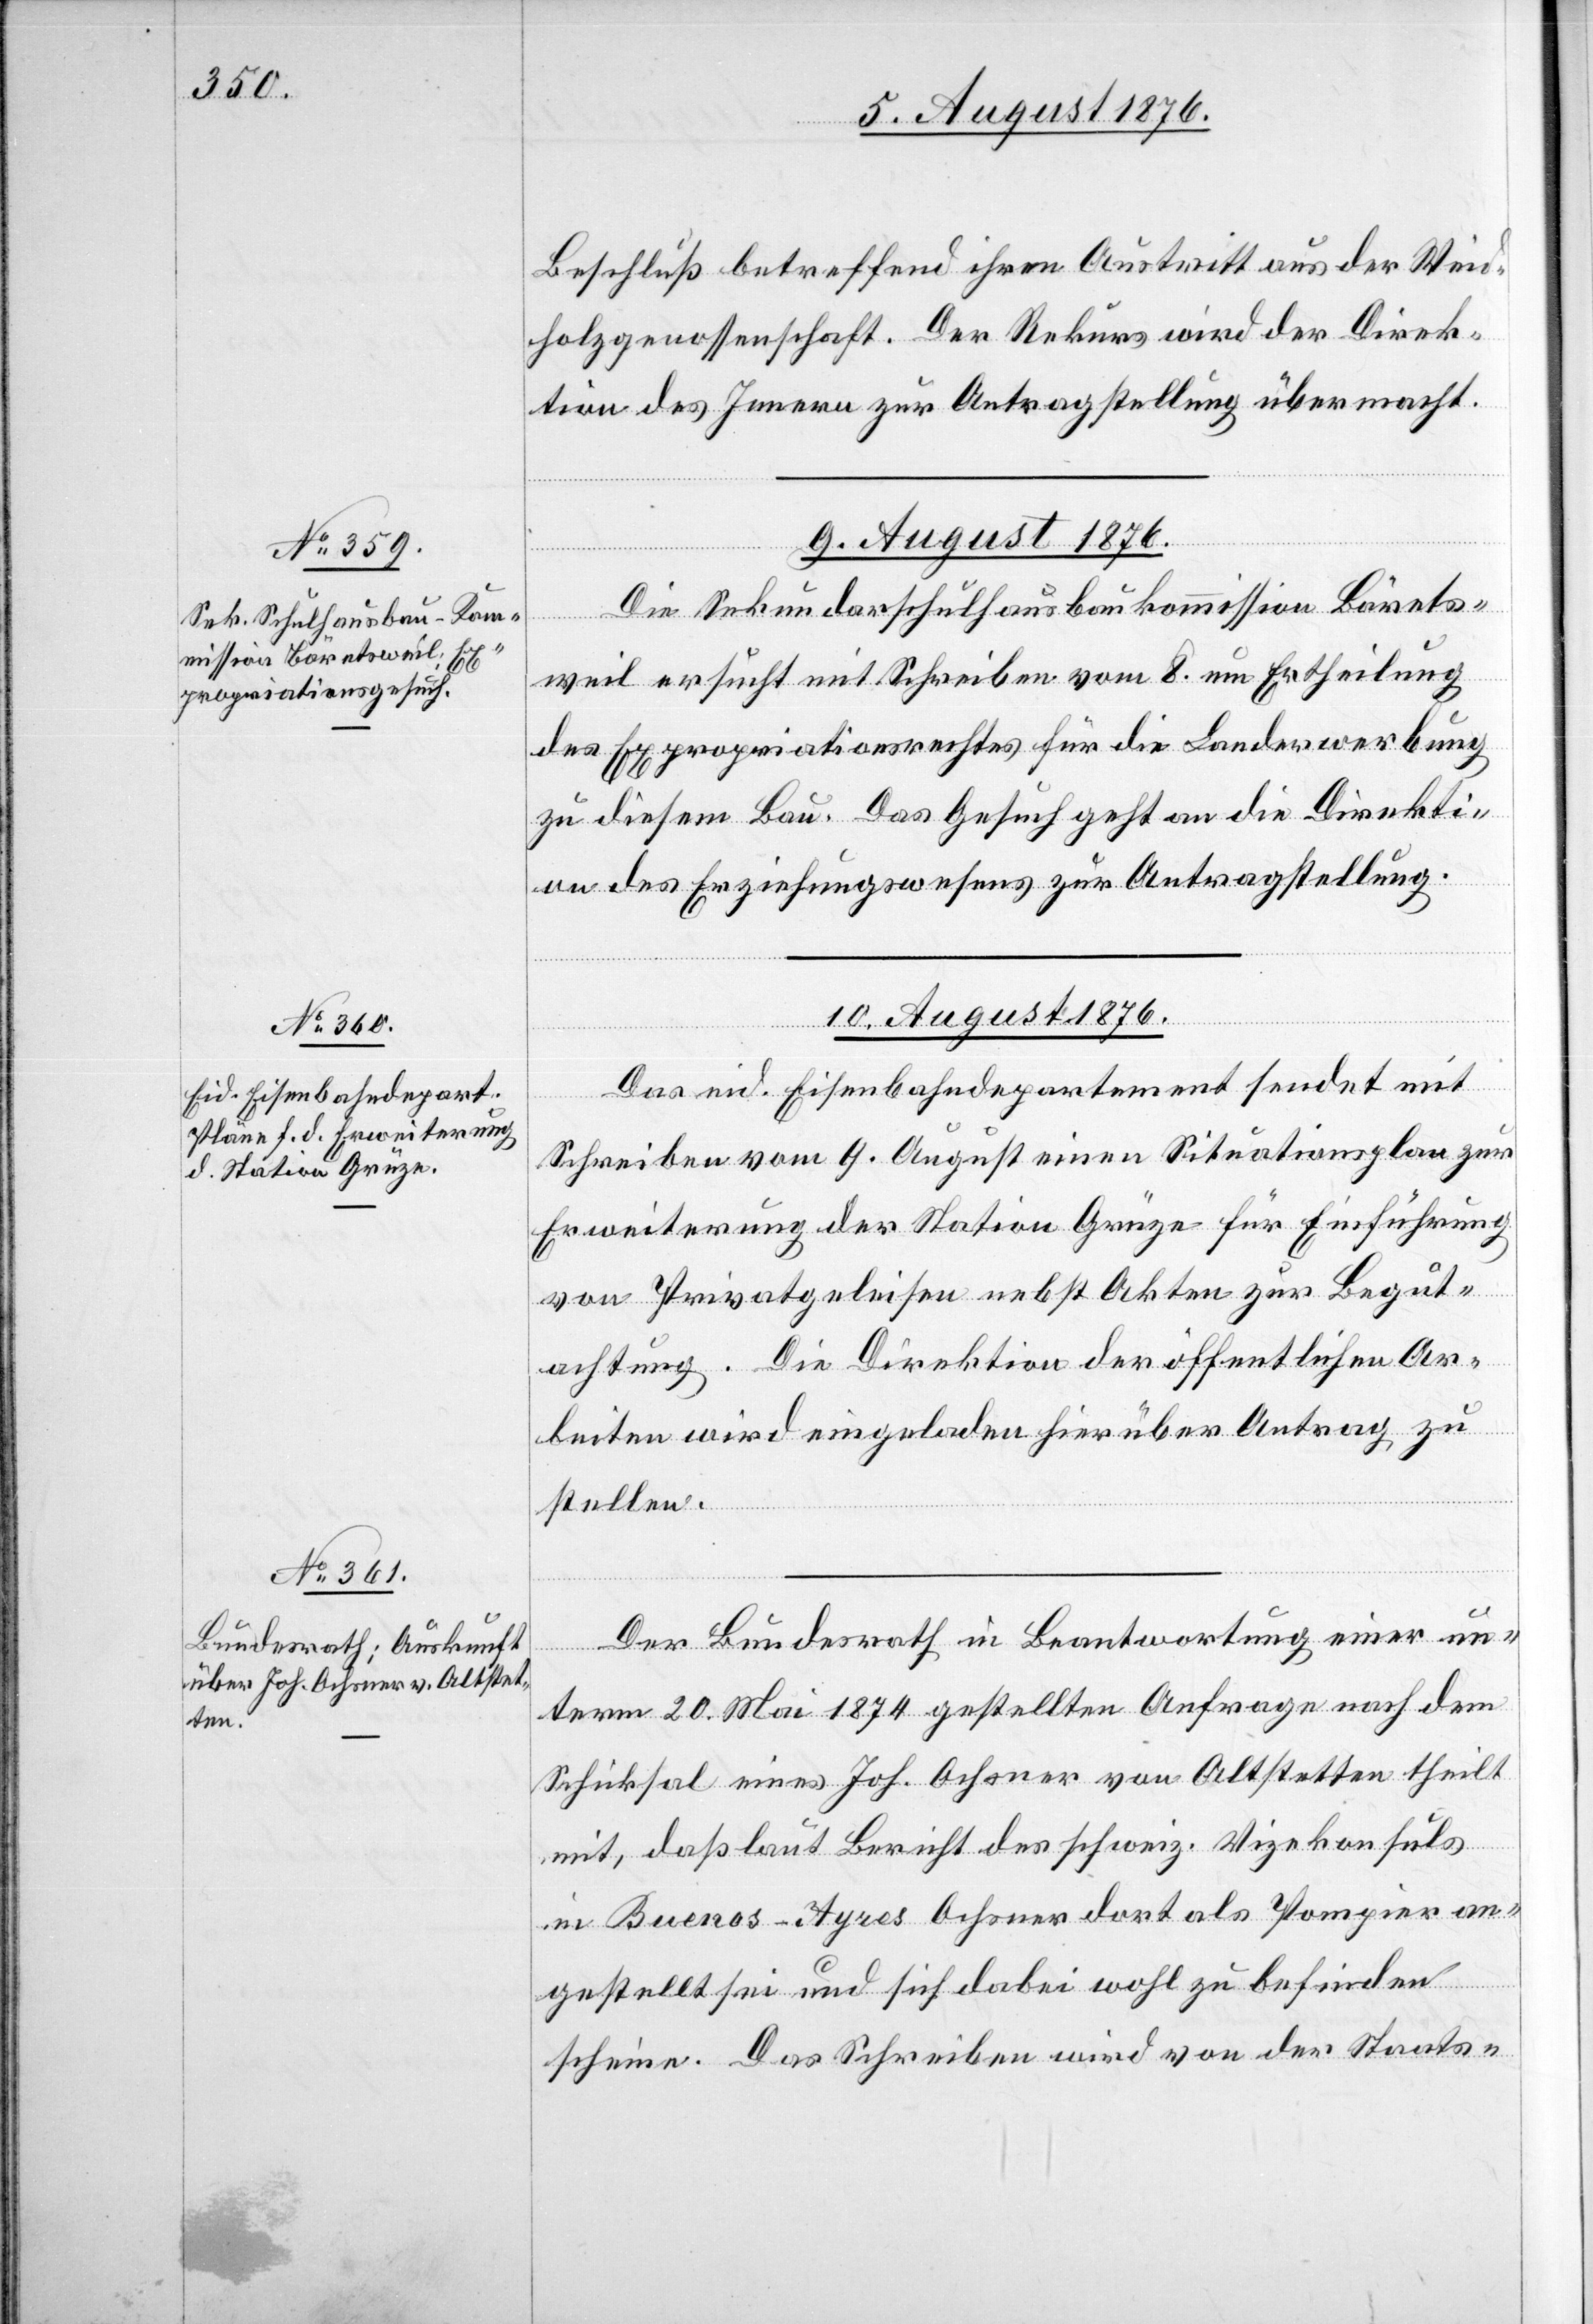
Beschluß betreffend ihren Austritt aus der Weid¬
holzgenossenschaft. Der Rekurs wird der Direk¬
tion des Innern zur Antragstellung übermacht.
9. August 1876.
Die Sekundarschulhausbaukommission Bärets¬
weil ersucht mit Schreiben vom 8. um Ertheilung
des Expropriationsrechtes für die Landerwerbung
zu diesem Bau. Das Gesuch geht an die Direkti¬
on des Erziehungswesens zur Antragstellung.
10. August 1876.]
Das eid. Eisenbahndepartement sendet mit
Schreiben vom 4. August einen Situationsplan zur
Erweiterung der Station Grüze für Einführung
von Privatgeleisen nebst Akten zur Begut¬
achtung. Die Direktion der öffentlichen Ar¬
beiten wird eingeladen hierüber Antrag zu
stellen.
Der Bundesrath in Beantwortung einer un¬
term 20. Mai 1874 gestellten Anfrage nach dem
Schicksal eines Joh. Ochsner von Altstetten theilt
mit, daß laut Bericht des schweiz. Vizekonsuls
in Buenos-Ayres Ochsner dort als Pompier an¬
gestellt sei und sich dabei wohl zu befinden
scheine. Das Schreiben wird von der Staats-